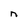
Character: n